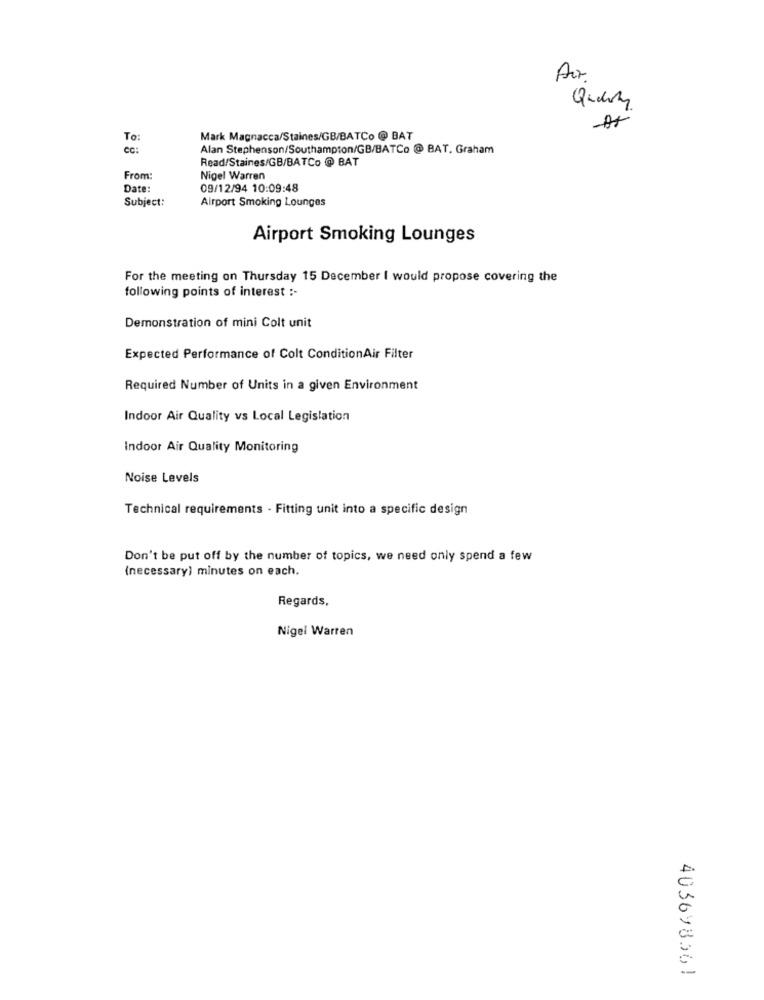
To:
Mark Magnacca/Staines/GB/BATCo @ BAT
CC :
Alan Stephenson/Southampton/GB/BATCo @ BAT. Graham
Read/Staines/GB/BATCo @ BAT
From:
Nigel Warren
Date:
09/12/94 10:09:48
Subject:
Airport Smoking Lounges
Airport Smoking Lounges
For the meeting on Thursday 15 December I would propose covering the
following points of interest :-
Demonstration of mini Colt unit
Expected Performance of Colt ConditionAir Filter
Required Number of Units in a given Environment
Indoor Air Quality vs Local Legislation
Indoor Air Quality Monitoring
Noise Levels
Technical requirements - Fitting unit into a specific design
Don't be put off by the number of topics, we need only spend a few
(necessary) minutes on each.
Regards,
Nigel Warren
403698561